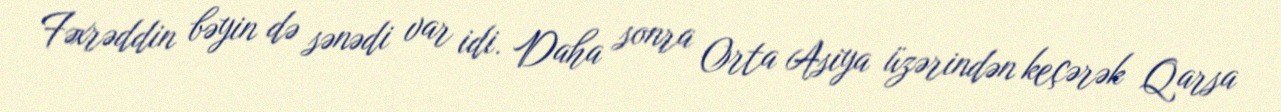
Fəxrəddin bəyin də sənədi var idi. Daha sonra Orta Asiya üzərindən keçərək Qarsa